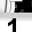
Digit: 1